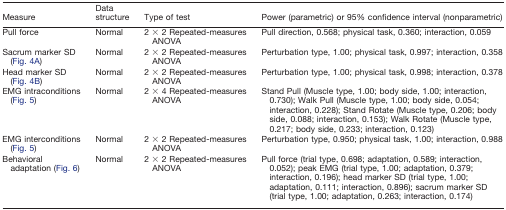
<table><thead><tr><td><b>Measure</b></td><td><b>Data structure</b></td><td><b>Type of test</b></td><td><b>Power (parametric) or 95% confidence interval (nonparametric)</b></td></tr></thead><tbody><tr><td>Pull force</td><td>Normal</td><td>2 × 2 Repeated-measures ANOVA</td><td>Pull direction, 0.568; physical task, 0.360; interaction, 0.059</td></tr><tr><td>Sacrum marker SD (Fig. 4A)</td><td>Normal</td><td>2 × 2 Repeated-measures ANOVA</td><td>Perturbation type, 1.00; physical task, 0.997; interaction, 0.358</td></tr><tr><td>Head marker SD (Fig. 4B)</td><td>Normal</td><td>2 × 2 Repeated-measures ANOVA</td><td>Perturbation type, 1.00; physical task, 0.998; interaction, 0.378</td></tr><tr><td>EMG intraconditions (Fig. 5)</td><td>Normal</td><td>2 × 4 Repeated-measures ANOVA</td><td>Stand Pull (Muscle type, 1.00; body side, 1.00; interaction, 0.730); Walk Pull (Muscle type, 1.00; body side, 0.054; interaction, 0.228); Stand Rotate (Muscle type, 0.206; body side, 0.088; interaction, 0.153); Walk Rotate (Muscle type, 0.217; body side, 0.233; interaction, 0.123)</td></tr><tr><td>EMG interconditions (Fig. 5)</td><td>Normal</td><td>2 × 2 Repeated-measures ANOVA</td><td>Perturbation type, 0.950; physical task, 1.00; interaction, 0.988</td></tr><tr><td>Behavioral adaptation (Fig. 6)</td><td>Normal</td><td>2 × 2 Repeated-measures ANOVA</td><td>Pull force (trial type, 0.698; adaptation, 0.589; interaction, 0.052); peak EMG (trial type, 1.00; adaptation, 0.379; interaction, 0.196); head marker SD (trial type, 1.00; adaptation, 0.111; interaction, 0.896); sacrum marker SD (trial type, 1.00; adaptation, 0.263; interaction, 0.174)</td></tr></tbody></table>